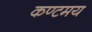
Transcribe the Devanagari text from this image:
कण्टमय